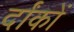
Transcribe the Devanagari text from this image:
र्दांकों